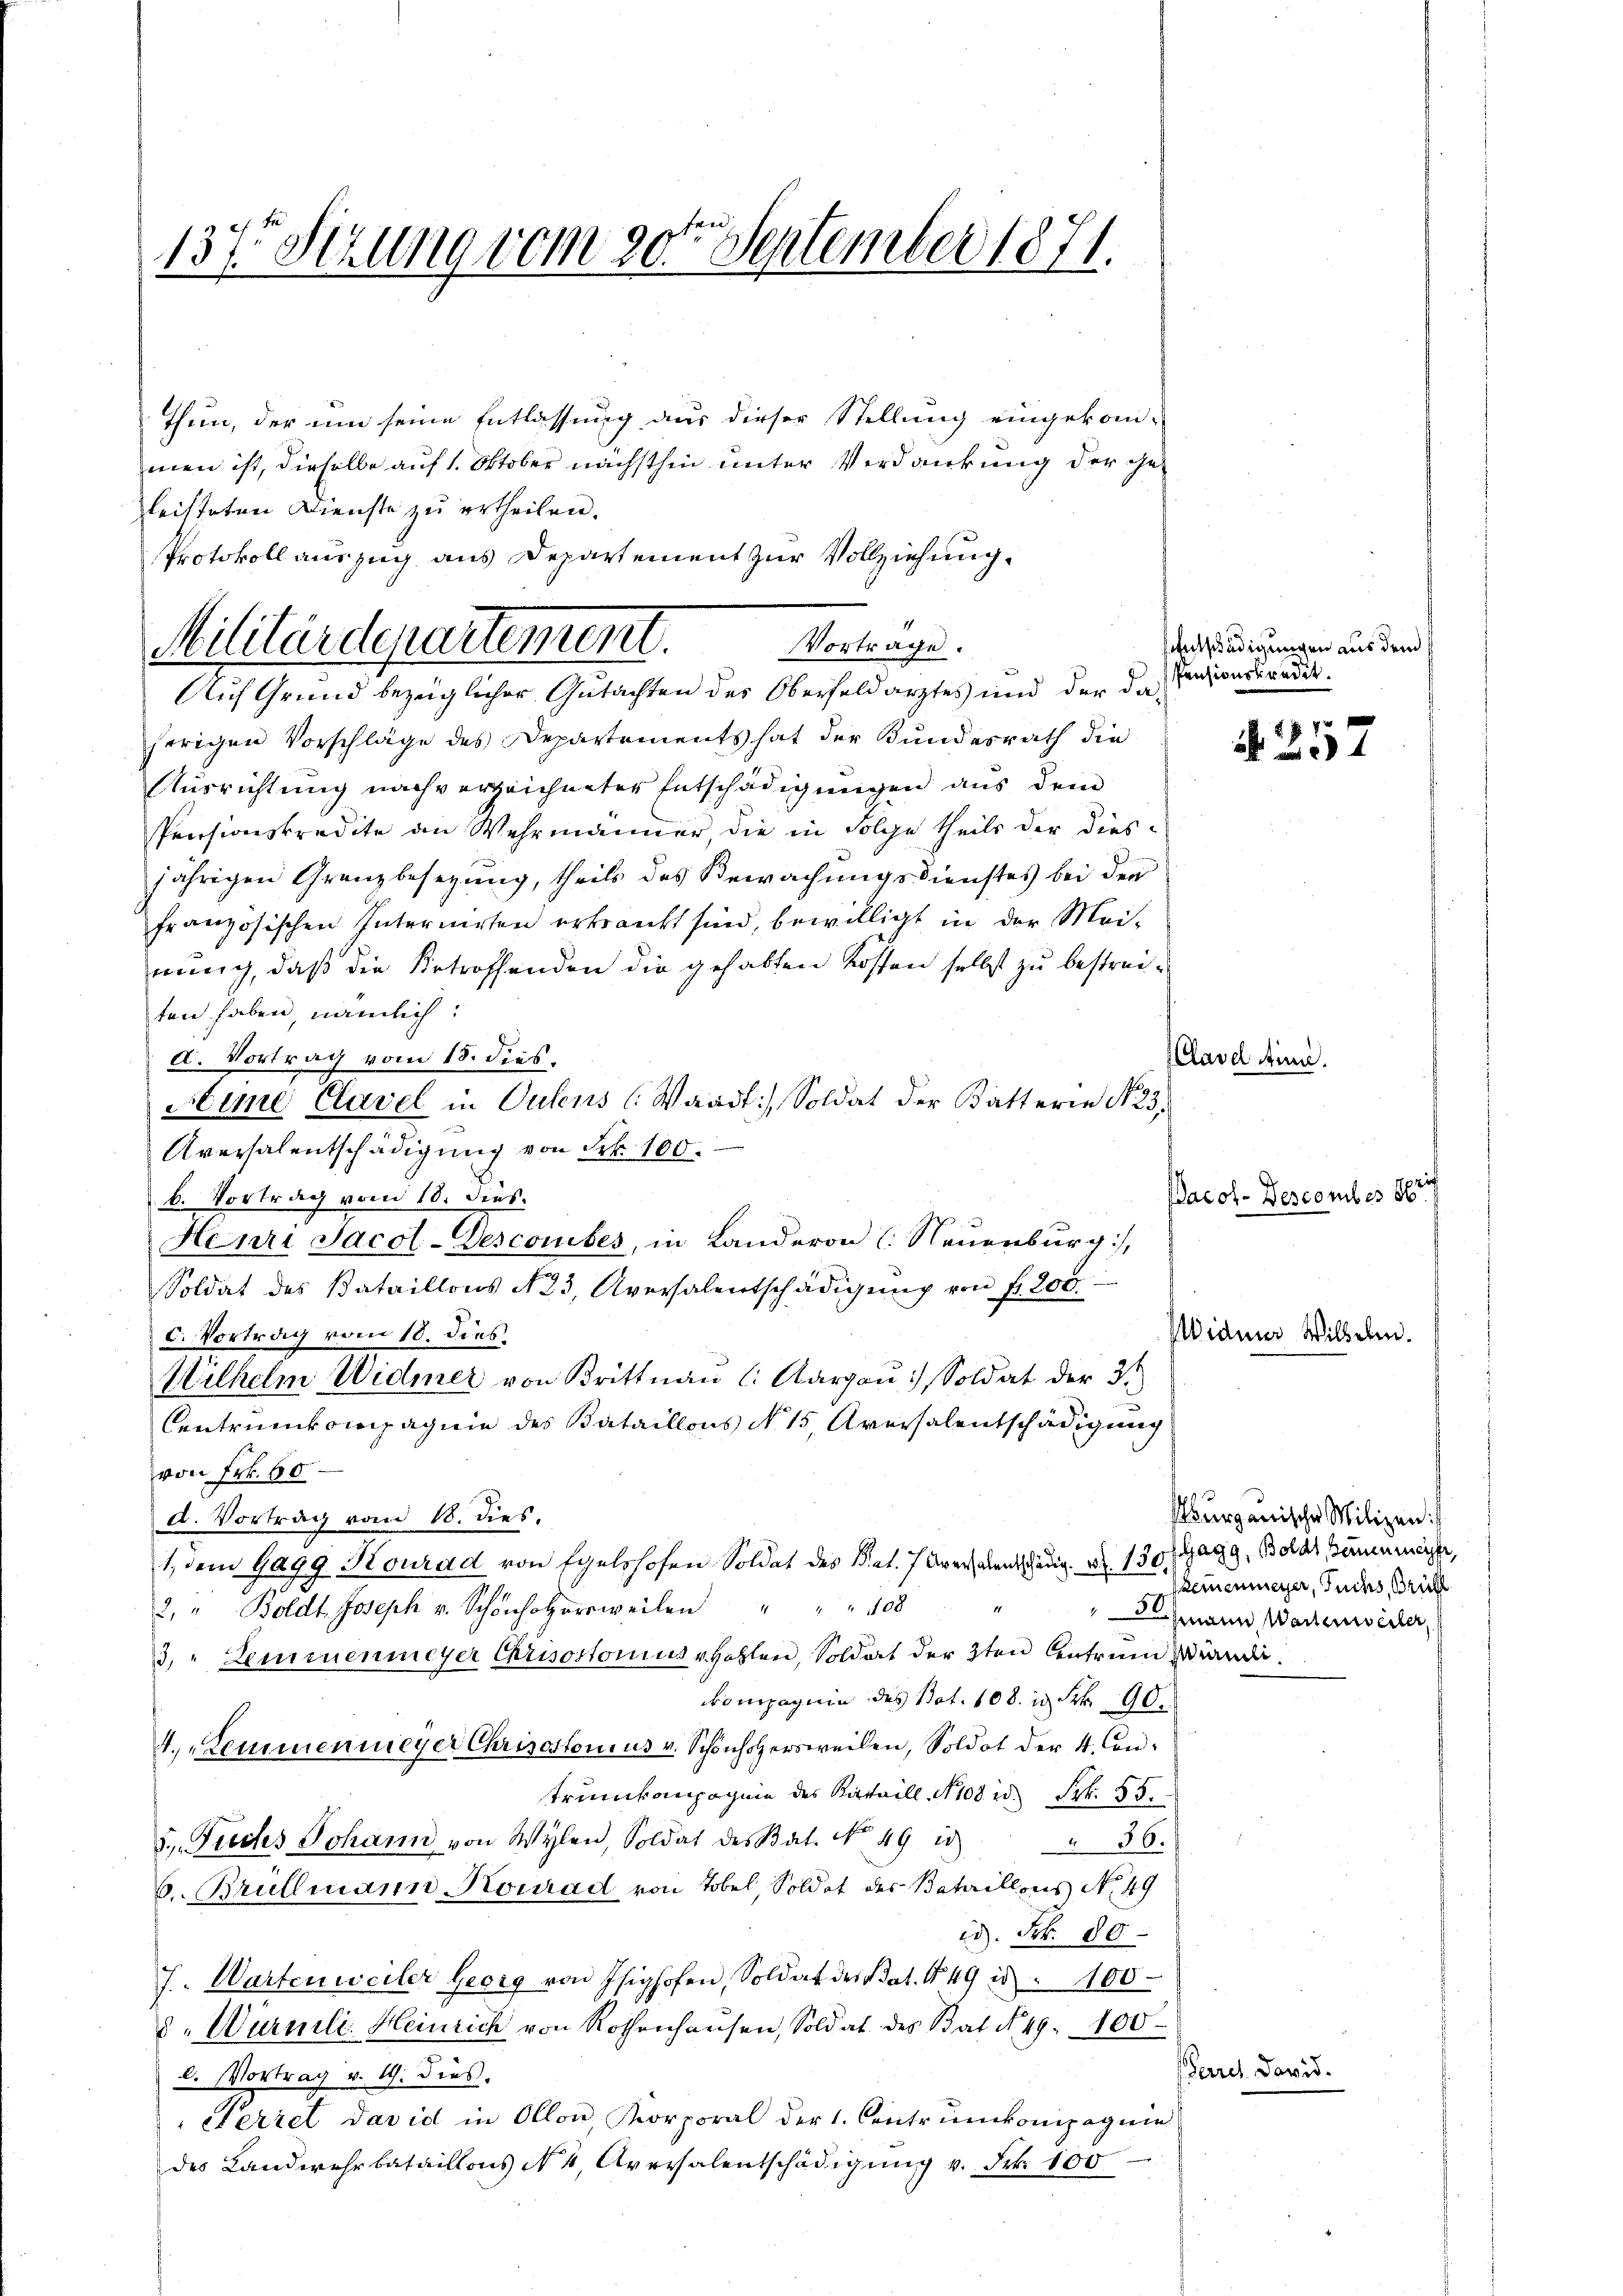
137 Stzung vom 20ten September 1871.

Thun, der um seine Entlassung aus dieser Stellung eingekom-
men ist, dieselbe auf 1. Oktober nächsthin unter Verdankung der getritteten Dienste zu ertheilen.
Protokoll auszug aus Departement zur Vollziehung.
herigen Vorschläge des Departements hat der Bundesrath die
Ausrichtung nach verzeichneter Entschädigungen aus dem
Pensionskredite an Wehrmanner, die in Folge theils der dies-
jährigen Granzbesezung, theils des Bewachungsdienstes bei der
französischen Internirten erkrankt sind, bewilligt in der Mei-
nung, daß die Betroffenden die gehabten Kosten selbst zu bestreiten haben, nämlich:
d. Vortrag vom 18. dies.
Hime Clavel in Sulens (Waadt) Soldat der Batterie No 23.
Aversalentschädigŭng von Frk. 100.
b. Vortrag vom 18. dies.
Henri Jacol-Descomites, in Landeron (Neuenburg),
Soldat des Bataillons N. 23, Aversalentschädigŭng von fr. 200.
C. Vortrag vom 18. dies
Wilhelm Widmer von Brittnau (: Aargau) Soldat der 3.
Centrunkompagnie des Bataillons No 15, Aversalentschädigung
von Frk. 60
d. Vortrag vom 18. dies.
1, dem Gagg Konrad von Egelshofen Soldat des Rat. 7 Aversalentschädig. d. 130 agg, Bolas Beinenmeister,
2. " Boldt Joseph v. Schönhorweilen " " " 108 "
3, " Zeminenmeyer Chrisostonius Hohlen, Soldat der 3ten Antrend wendi
kompagnie des Bat. 108. in Frk. 90
4. Lemmenmeyer Chrisostonius v. Schönhofersweilen, Soldot der 4. Con-
trunkompagnie des Kataill, No 108 id. Frk. 55.
5. Fuchs Johann von Wylen, Soldat des Bat. No 49 15 " 36.
6. Brullmann Konrad von Tobel, Soldat des Bataillons No 49
id. Frk. 80
J. Wartenweiler Georg von Isighofen, Soldat der Nat. No 49 is 100
d. Würmli, Heinrich von Rothenhausen, Soldat des Bat No. 49. 100
l. Vortrag v. 1. dies
Feriel David in Ollon, Korporal der 1. Centrinkompagnie
des Landwehrbataillons N. 4, Aversalentschädigung v. Frk. 100

Vortrage.
Militärdepartement.
Auf Grund bezüglicher Gutachten des Oberfeldarztes und der da

entschädigungen aus dem
Pensionskredit.

lard sind.

siden

f 7 x
a 24

Pacol. Descomber 8

Purganische Milizei.
Zemenmeyer, Fuchs, Brieff
Lehmann, Wartenwerter

Pares David.

Willeben.